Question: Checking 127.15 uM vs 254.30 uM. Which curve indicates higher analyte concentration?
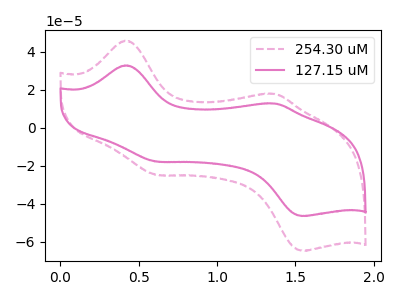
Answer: <think>The pink dashed curve "254.30 uM" has anodic peaks at (0.40V, 45.95uA) (1.35V, 17.95uA) and cathodic peaks at (0.60V, -24.70uA) (1.55V, -64.65uA). The pink curve "127.15 uM" has anodic peaks at (0.40V, 32.95uA) (1.35V, 12.85uA) and cathodic peaks at (0.60V, -17.70uA) (1.55V, -46.35uA).
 All the peaks in "127.15 uM" have a peak in "254.30 uM" at the same potential. Every peak in "127.15 uM" is lower than every peak in "254.30 uM".</think>
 <answer>"127.15 uM" has less signal than "254.30 uM" and so likely has a lower concentration.</answer>
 <eval>less_concentration</eval>